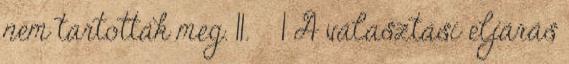
nem tartották meg. 11. § 1 A választási eljárás